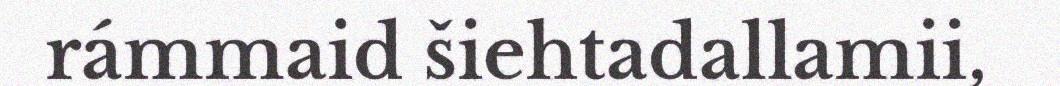
rámmaid šiehtadallamii,